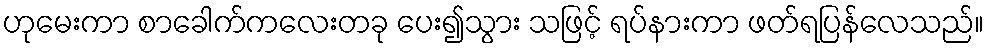
ဟုမေးကာ စာခေါက်ကလေးတခု ပေး၍သွား သဖြင့် ရပ်နားကာ ဖတ်ရပြန်လေသည်။